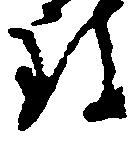
致